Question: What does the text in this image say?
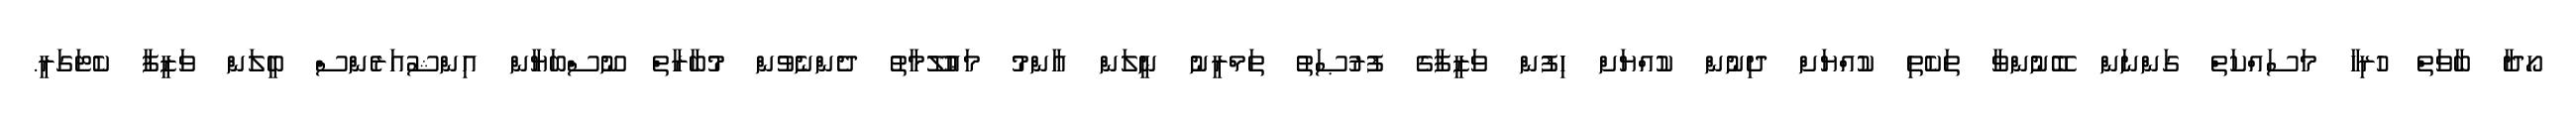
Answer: ހޯދާ ބާވަތް ހުރިހާ މަސައްކަތް ގަންނަން ބޭނުންވާ ތަކެތި ކުއްޔަށް ދިނުން ކުއްޔަށް ހިފުން ވަޒީފާގެ ފުރުޞަތު ތަމްރީނު ނީލަން ޢާންމު މަޢުލޫމާތު ދެންނެވުން މުބާރާތް ނޫސްބަޔާން އިންޝުއަރެންސް ބީލަން ވަޒީފާ ކެޓަގަރީ.